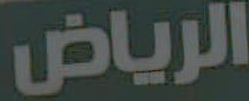
الرياض